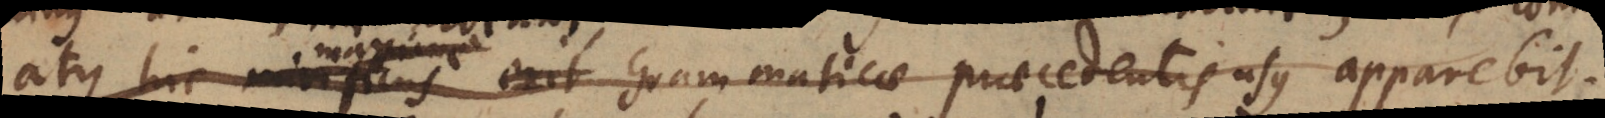
atque hic mirificus maxime erit Grammaticae praecedentis usus apparebit.